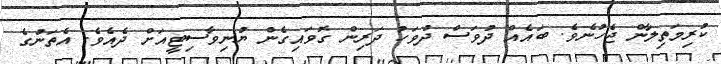
ކުރިމަތިލާން ޖެހުނެވެ. ބައެއް ދުވަސް ދުވަހު ދަރިން ގޮވައިގެން ޔުނިވާސިޓީއަށް ދެއެވެ. އެތަނުގެ